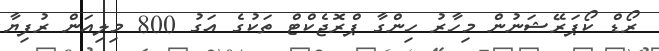
ރޯޑް ކޯޕަރޭޝަނުން މިހާރު ހިންގާ ޕްރޮޖެކްޓް ތަކުގެ އަގު 800 މިލިއަން ރުފިޔާ